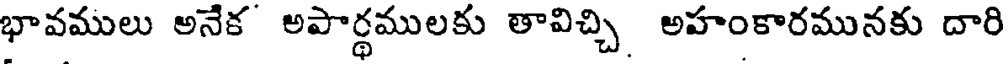
భావములు అనేక అపార్థములకు తావిచ్చి అహంకారమునకు దారి